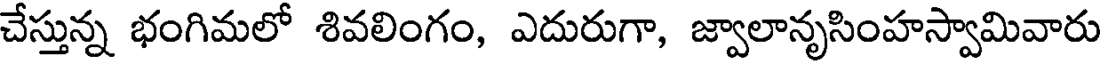
చేస్తున్న భంగిమలో శివలింగం, ఎదురుగా, జ్వాలానృసింహస్వామివారు